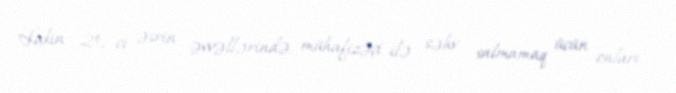
Lakin 20-ci əsrin əvvəllərində, mühafizəçi ilə səhv salmamaq üçün onları